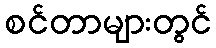
စင်တာများတွင်